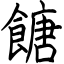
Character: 餹